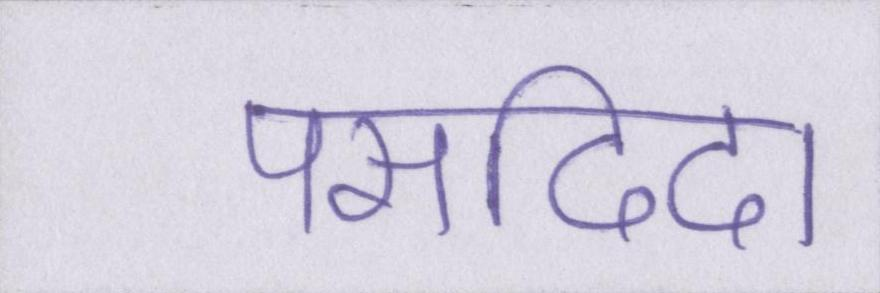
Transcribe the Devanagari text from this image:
पसदिदा